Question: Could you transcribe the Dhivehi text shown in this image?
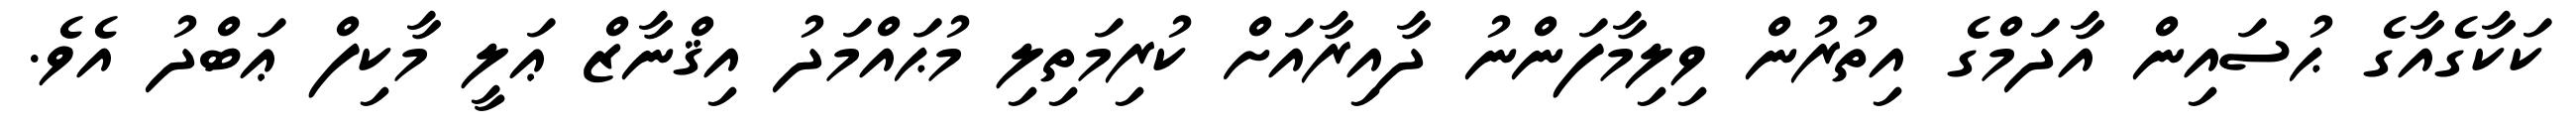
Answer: ކަކާގެއާގެ ޙުސައިން އާދަމްގެ އިތުރުން ވިލިމާފަންނު ދާއިރާއަށް ކުރިމަތިލި މުޙައްމަދު އިޤްނާޒް ޢަލީ މާކިފް ޢަބްދު އެވެ.